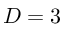
D = 3